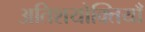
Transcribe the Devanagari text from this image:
अतिशयोक्तियाँ